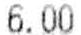
6.00